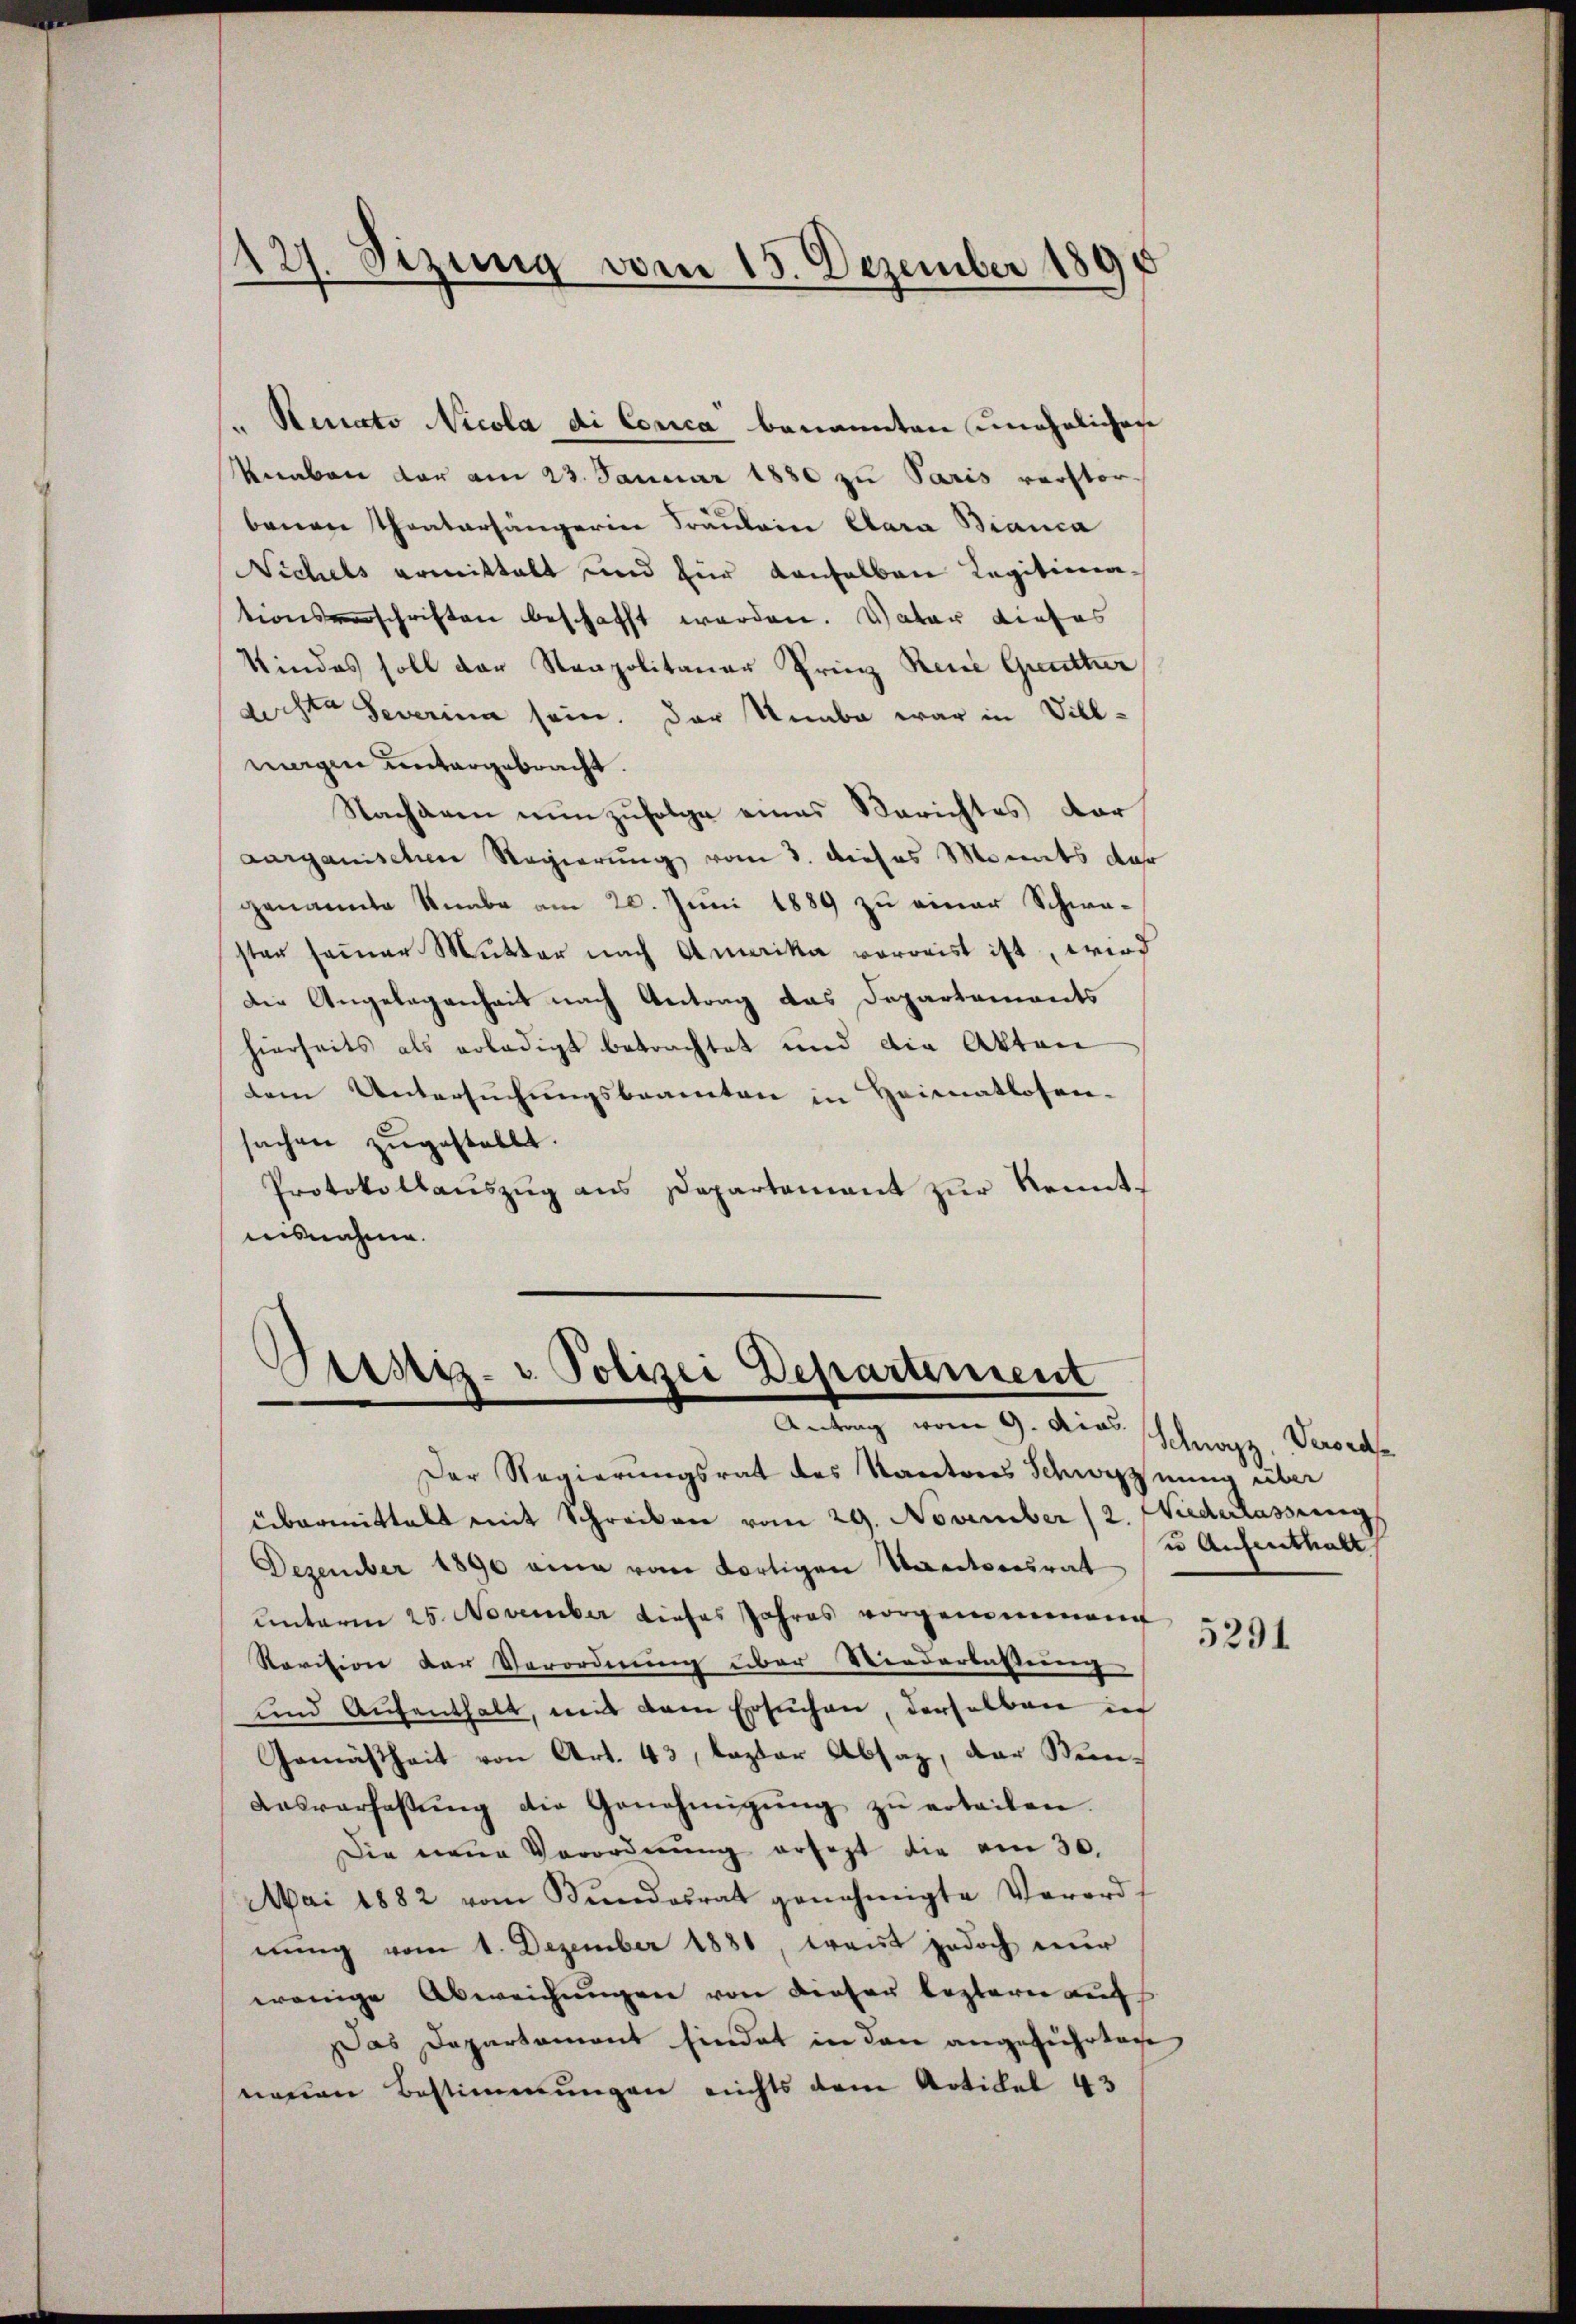
127. Sizung vom 15. Dezember 1890

"Rinato Nicola di Corica benannten unehelichen
Knaben dar am 23. Januar 1880 zu Paris verstorbauere Theatersängerin Fräulein Clara Bianca
Nichels ermittalt und für anhalben Legitimationsverschriften beschafft werden. Vater dieses
Kindes soll der Steapolitaner Prinz Reine Grütter
dichte Severina sein. Der Knabe war in Villwagen untergebracht.
Nacharen nun zufolge eines Berichtes dar
Aarganischen Regierung vom 3. dieses Monats dar
genannte Knabe am 20. Juni 1889 zu einer Schwasten seiner Mutter nach Amerika vorweist ist, wird
Die Angelegenheit nach Antrag das Departements
hierseits als erledigt betrachtet und die Akten
dem Untersuchungsbeamten in Heimatlosen-
sachen zugestellt.
Protokollauszug aus Departement zur Kenntnisnahme.

Justiz- u. Polizei Departement
Antrag vom 9. die Schwyz, Verorde

Der Regierungsrat des Kantons Schwernung über
übermittelt mit Schrecken vom 29. November (2. Niederlassung
Dezember 1890 eine vom dortigen Varitoresrat
unterm 25. November dieses Jahres vorgenommen
Revision der Verordnung über Niederlassung
und Aufenthalt, mit dem Ersuchen, derselben in
Gemäßheit von Art. 43, lezter Absaz, der Stun¬
Dasverfassŭng die Genehmigŭng zŭ erteilen.
Die neue Verordnŭng ersezt die am 30.
Mai 1882 vom Bŭndesrat genehmigte Verord-
nung vom 1. Dezember 1880, treut jedoch nur
wenige Abweichŭngen von dieser lezterer auf
Das Departament findet in den angeführten
neuen Bestimmungen nichts dem Artikel 43

u Aufenthalt

5291